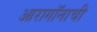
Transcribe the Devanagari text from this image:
आरागॉनाची